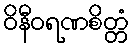
ဝိနီဝရဏစိတ္တံ